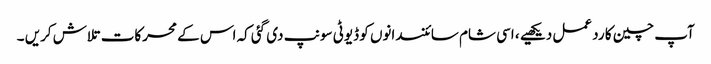
آپ چین کا رد عمل دیکھیے ، اسی شام سائنسدانوں کو ڈیوٹی سونپ دی گئی کہ اس کے محرکات تلاش کریں ۔